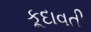
કૂદાવતી